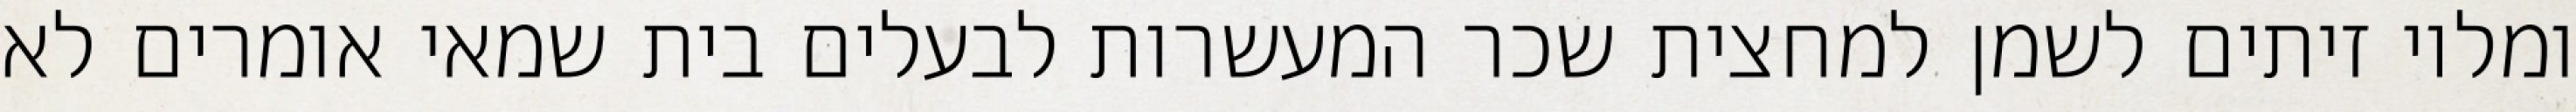
ומלוי זיתים לשמן למחצית שכר המעשרות לבעלים בית שמאי אומרים לא